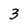
Character: 3